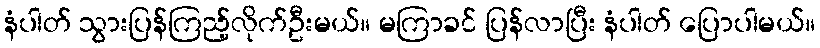
နံပါတ် သွားပြန်ကြည့်လိုက်ဦးမယ်။ မကြာခင် ပြန်လာပြီး နံပါတ် ပြောပါမယ်။